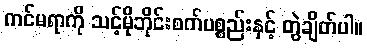
ကင်မရာကို သင့်မိုဘိုင်းစက်ပစ္စည်းနှင့် တွဲချိတ်ပါ။